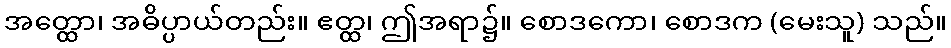
အတ္ထော၊ အဓိပ္ပာယ်တည်း။ ဧတ္ထ၊ ဤအရာ၌။ စောဒကော၊ စောဒက (မေးသူ) သည်။